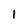
Character: 1